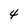
Character: 4